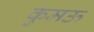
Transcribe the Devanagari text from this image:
कुमऊ